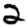
Digit: 2